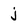
Character: j